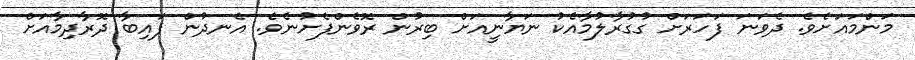
މަންމައަށެވެ. ދެވަނަ ފަހަރަށް ގުގުރާލުމާއެކު ނަޔާނީއަށް ބިރުން ރޮވެންފެށުނެވެ. އެނދުން ފައިބާ ދޮރާދިމާއަށް